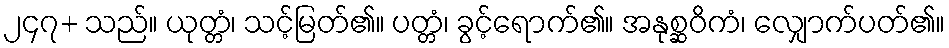
၂၄၇+ သည်။ ယုတ္တံ၊ သင့်မြတ်၏။ ပတ္တံ၊ ခွင့်ရောက်၏။ အနုစ္ဆဝိကံ၊ လျှောက်ပတ်၏။